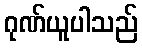
ဂုဏ်ယူပါသည်